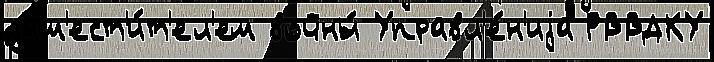
зам'ест'и́т'ел'ем войны́ Управл'е́н'иjа РВВДКУ